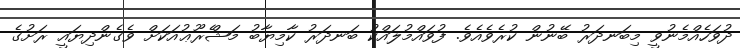
ދުވަހެއްމެނުވީ މިބަނދަރު ބޭނުން ކުރެވެއެވެ. ފުވައްމުލައްކު ބަނދަރު ކާމިޔާބު މަޝްެރޫޢުއަކަށް ވެގެންދިޔައީ ރަށުގެ